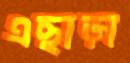
এছাড়া